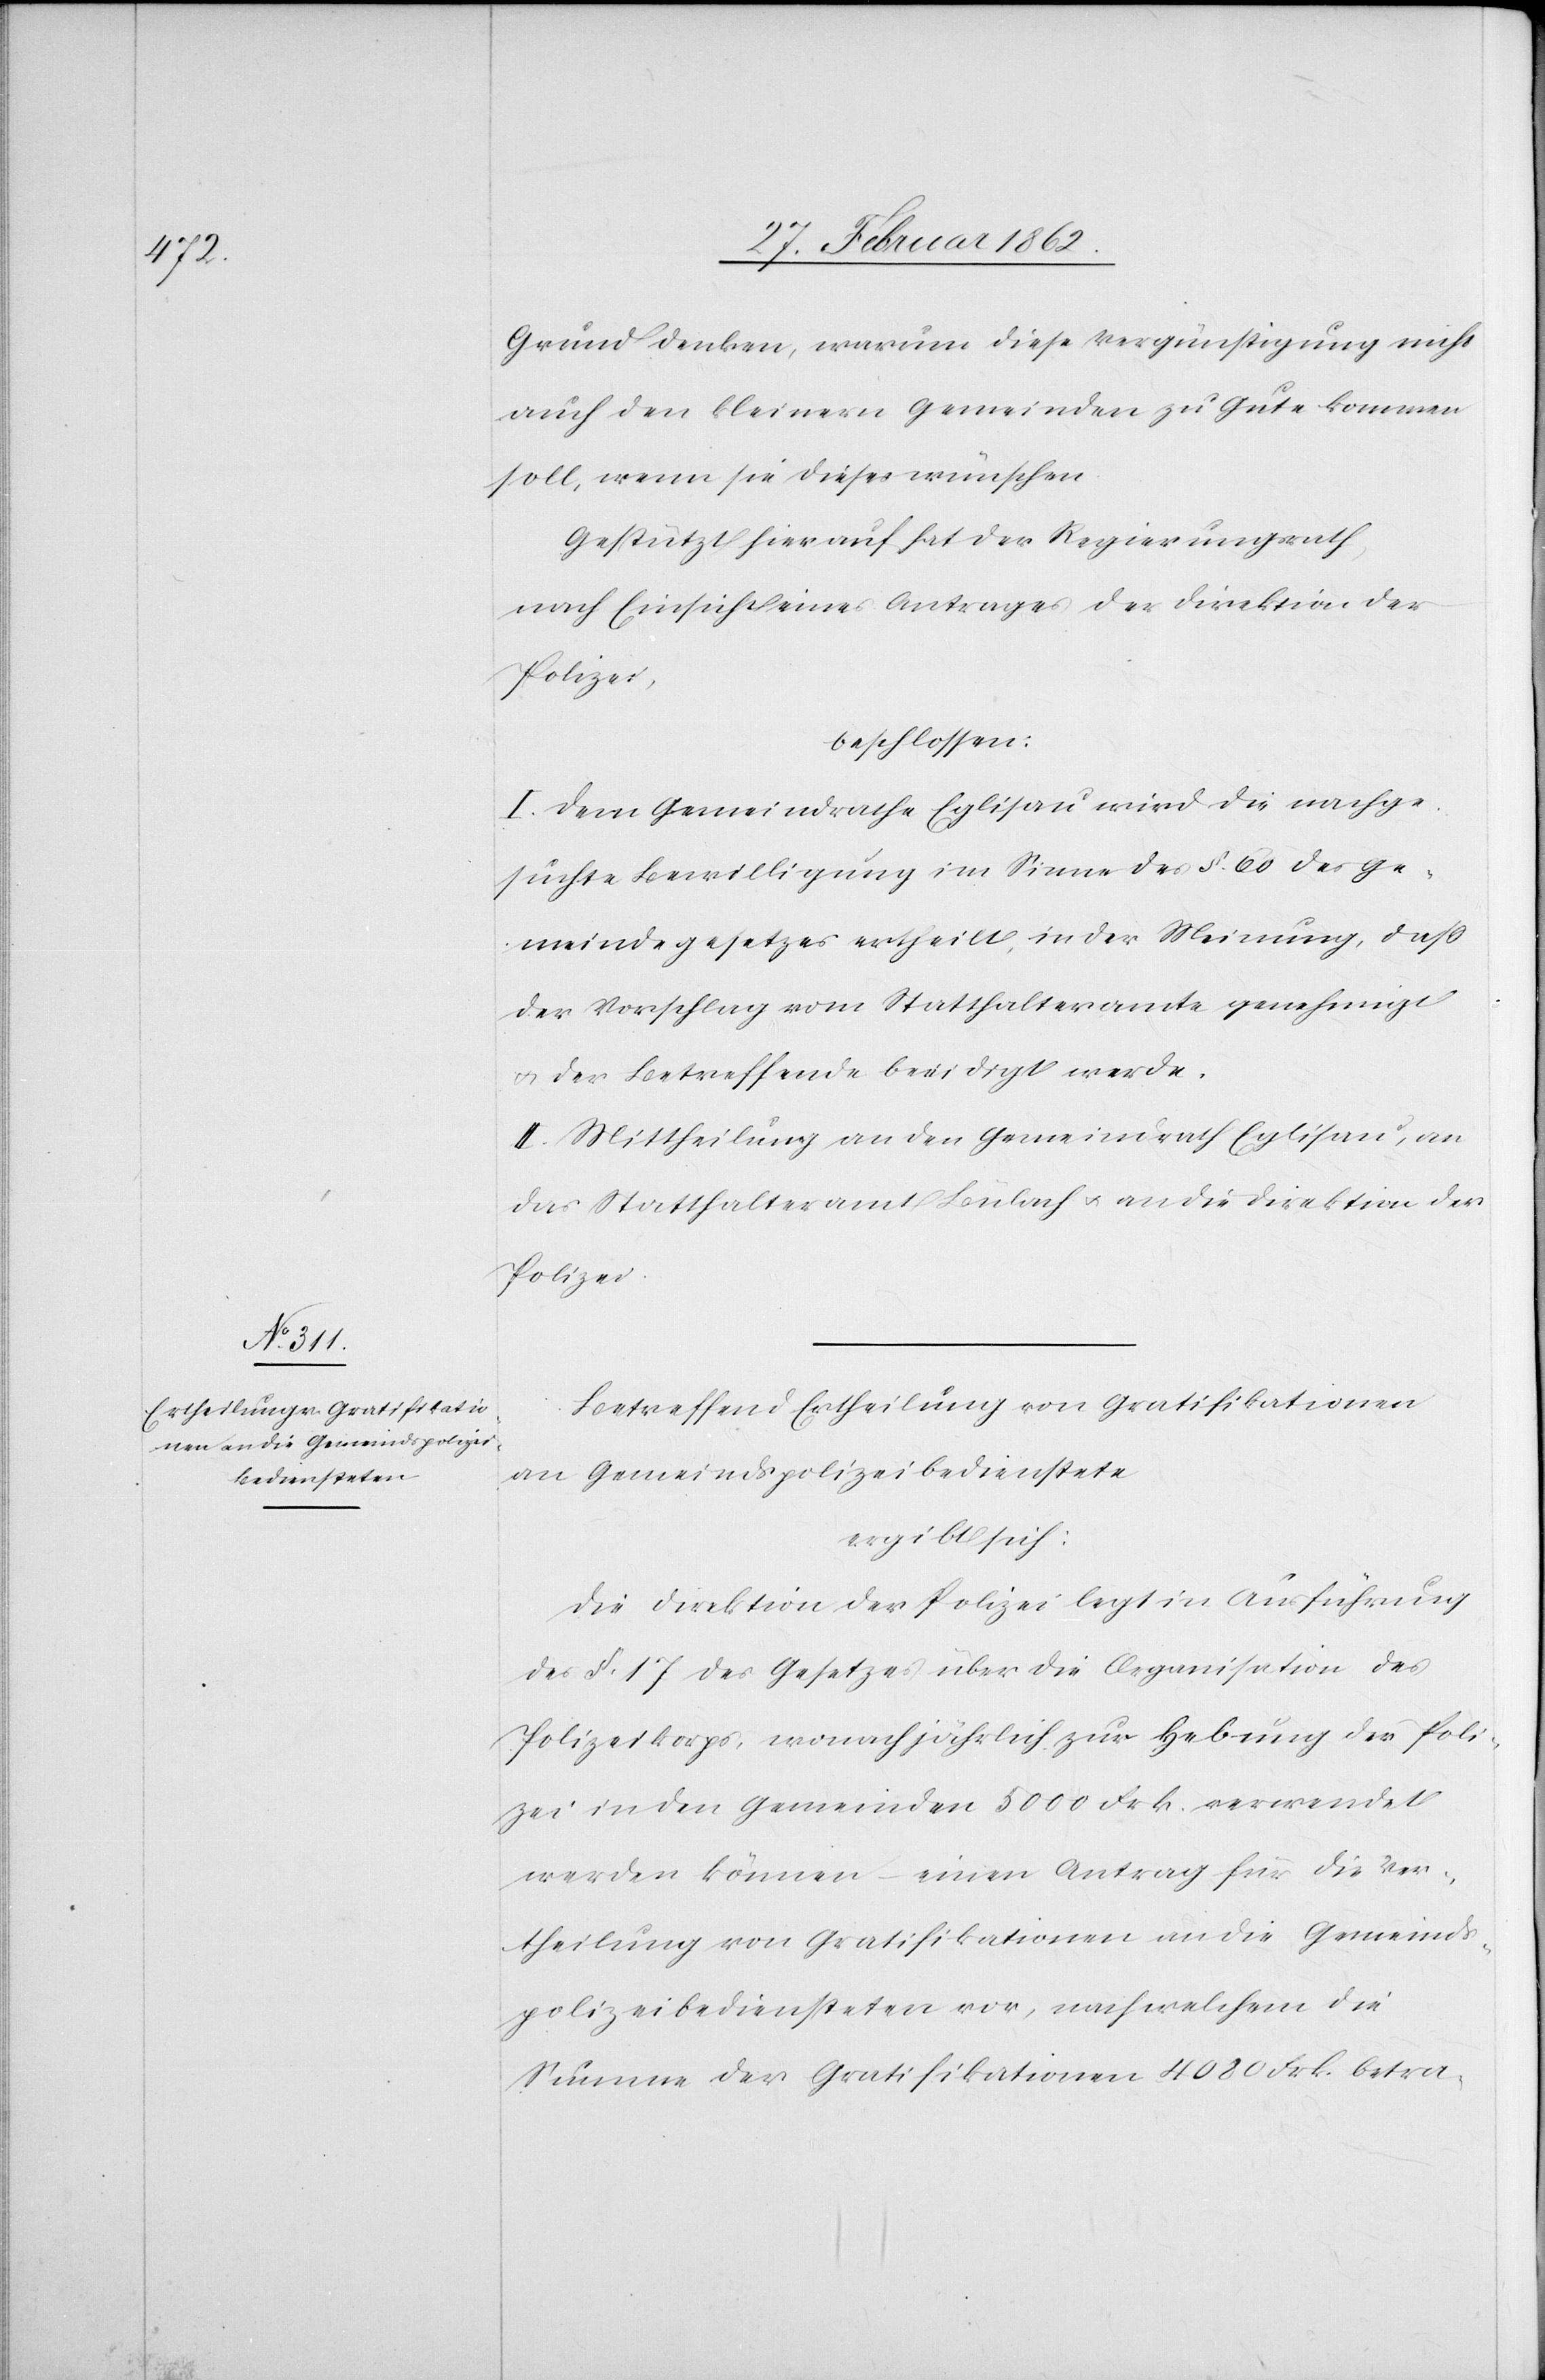
Grund denken, warum diese Vergünstigung nicht
auch den kleinern Gemeinden zu Gute kommen
soll, wenn sie dieses wünschen.
Gestützt hierauf hat der Regierungsrath,
nach Einsicht eines Antrages der Direktion der
Polizei,
beschlossen:
I. Dem Gemeindrathe Eglisau wird die nachge¬
suchte Bewilligung im Sinne des §. 60 des Ge¬
meindegesetzes ertheilt, in der Meinung, daß
der Vorschlag vom Statthalteramte genehmigt
u. der Betreffende beeidigt werde.
II. Mittheilung an den Gemeindrath Eglisau, an
das Statthalteramt Bülach u. an die Direktion der
Polizei.
Betreffend Ertheilung von Gratifikationen
an Gemeindspolizeibedienstete
ergibt sich:
Die Direktion der Polizei legt in Ausführung
des §. 17 des Gesetzes über die Organisation des
Polizeikorps, wonach jährlich zur Hebung der Poli¬
zei in den Gemeinden 5000 Frk. verwendet
werden können – einen Antrag für die Ver¬
theilung von Gratifikationen an die Gemeinds¬
polizeibediensteten vor, nach welchem die
Summe der Gratifikationen 4080 Frk. betra-